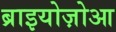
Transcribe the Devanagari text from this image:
ब्राइयोज़ोआ